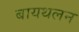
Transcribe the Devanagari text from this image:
बायथलन